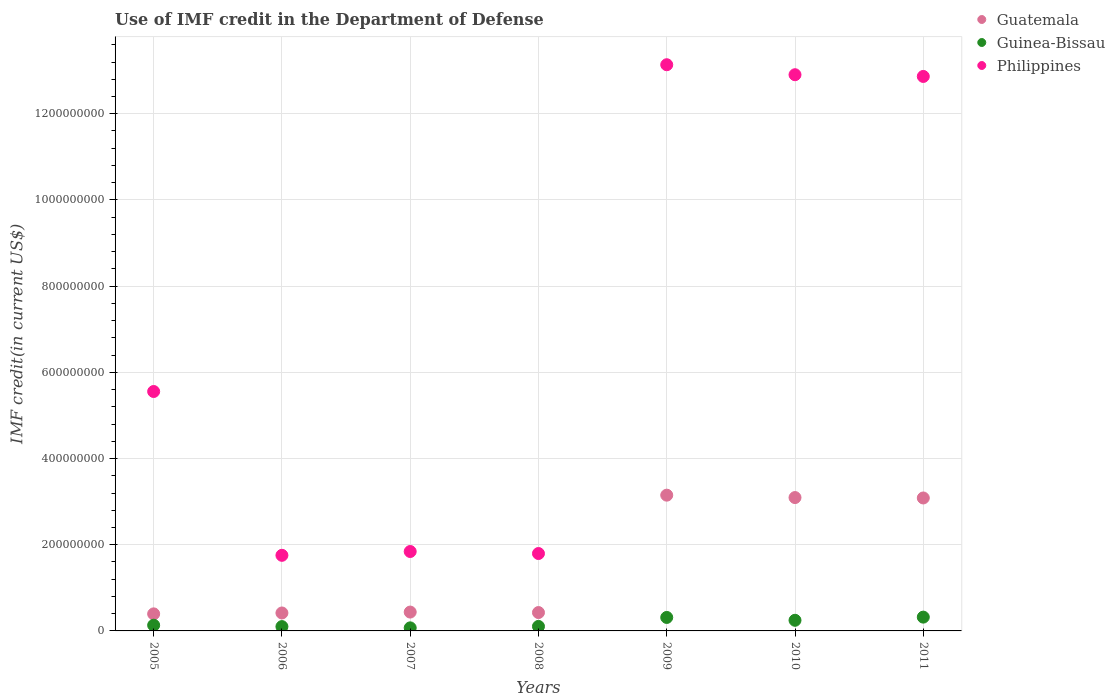
| Years | Guatemala | Guinea-Bissau | Philippines |
 | --- | --- | --- | --- |
 | 2005 | 3.96e+07 | 1.32e+07 | 5.55e+08 |
 | 2006 | 4.16e+07 | 1e+07 | 1.75e+08 |
 | 2007 | 4.37e+07 | 7.11e+06 | 1.84e+08 |
 | 2008 | 4.26e+07 | 1.05e+07 | 1.8e+08 |
 | 2009 | 3.15e+08 | 3.13e+07 | 1.31e+09 |
 | 2010 | 3.09e+08 | 2.47e+07 | 1.29e+09 |
 | 2011 | 3.08e+08 | 3.2e+07 | 1.29e+09 |